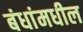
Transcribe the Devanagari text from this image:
बंधांमधील